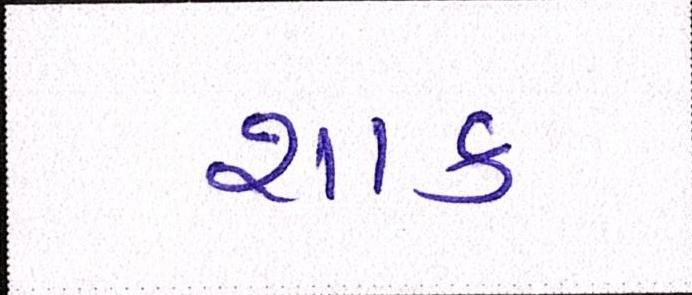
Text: શાક